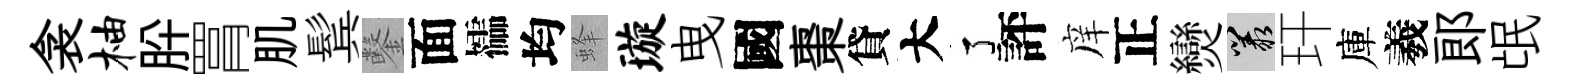
衾柚肸罥肌鬂鑿面櫺均蜂璇曳國棗貸大了評庠正𤓖叢玕庫羲郎氓